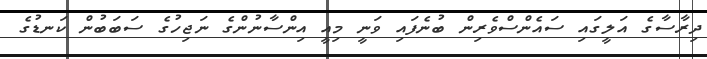
ދިރާސާގެ އަލީގައި ސައެންސްވެރިން ބުނެފައި ވަނީ މިއީ އިންސާނުންގެ ނަޖިހުގެ ސަބަބުން ކަނޑުގެ